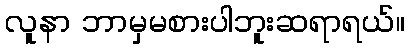
လူနာ ဘာမှမစားပါဘူးဆရာရယ်။